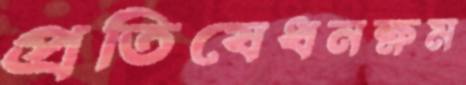
প্রতিষেধনক্ষম